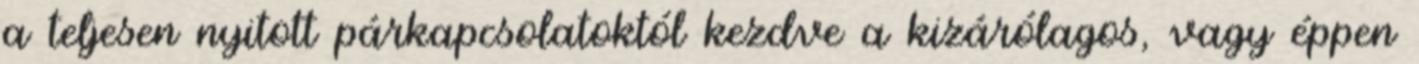
a teljesen nyitott párkapcsolatoktól kezdve a kizárólagos, vagy éppen